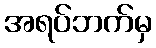
အရပ်ဘက်မှ